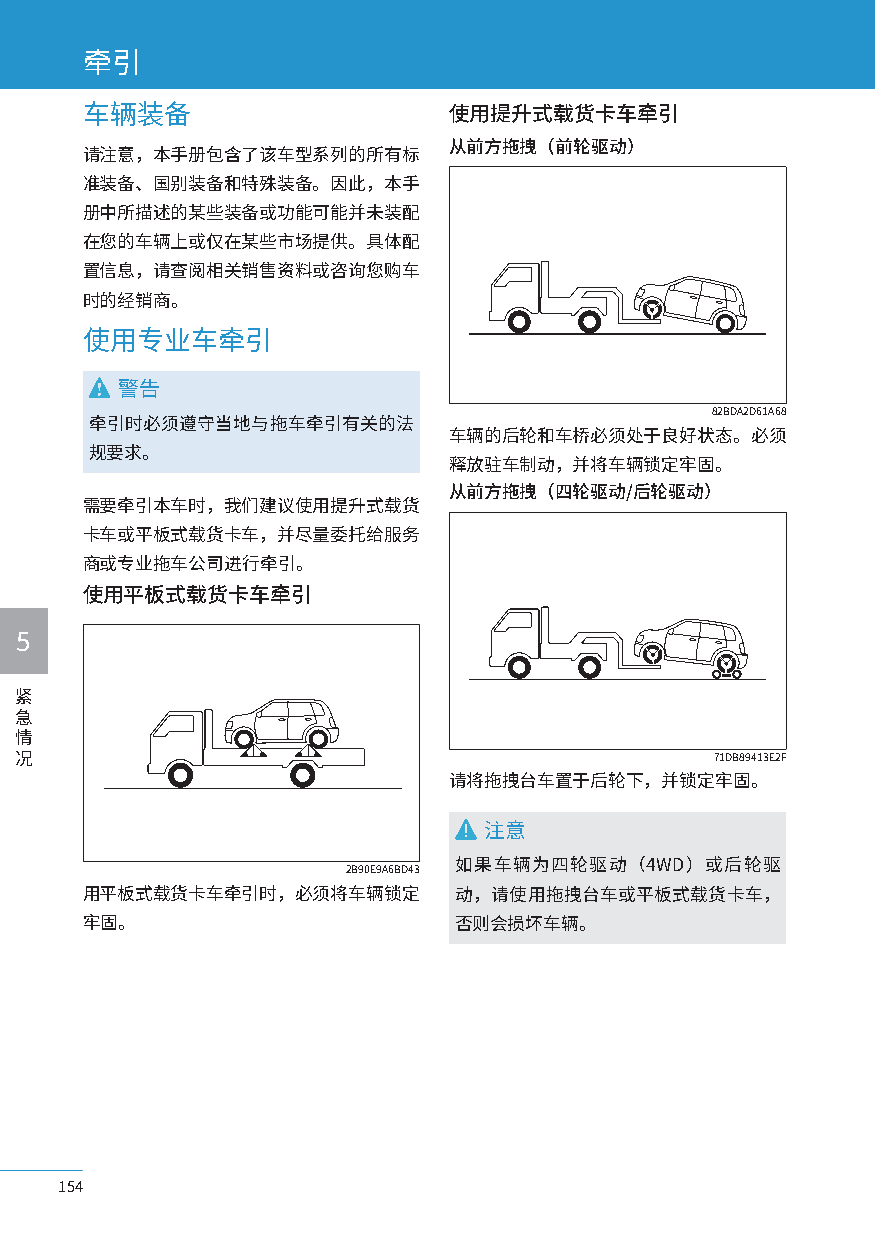
牵引
 车辆装备                     使用提升式载货卡车牵引
 从前方拖拽（前轮驱动）
 请注意，本手册包含了该车型系列的所有标
 准装备、国别装备和特殊装备。因此，本手
 册中所描述的某些装备或功能可能并未装配
 在您的车辆上或仅在某些市场提供。具体配
 置信息，请查阅相关销售资料或咨询您购车
 时的经销商。
 使用专业车牵引
 警告
 82BDA2D61A68
 牵引时必须遵守当地与拖车牵引有关的法
 车辆的后轮和车桥必须处于良好状态。必须
 规要求。
 释放驻车制动，并将车辆锁定牢固。
 从前方拖拽（四轮驱动/后轮驱动）
 需要牵引本车时，我们建议使用提升式载货
 卡车或平板式载货卡车，并尽量委托给服务
 商或专业拖车公司进行牵引。
 使用平板式载货卡车牵引
 5
 紧
 急
 情
 况                                             71DB89413E2F
 请将拖拽台车置于后轮下，并锁定牢固。
 注意
 如果车辆为四轮驱动（4WD）或后轮驱
 2B90E9A6BD43
 用平板式载货卡车牵引时，必须将车辆锁定      动，请使用拖拽台车或平板式载货卡车，
 牢固。                      否则会损坏车辆。
 154